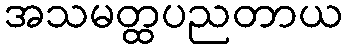
အသမတ္ထပညတာယ